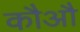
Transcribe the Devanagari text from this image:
कौऔ